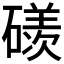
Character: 𥖄